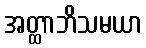
အတ္ထာဘိသမယာ